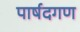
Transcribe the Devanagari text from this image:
पार्षदगण